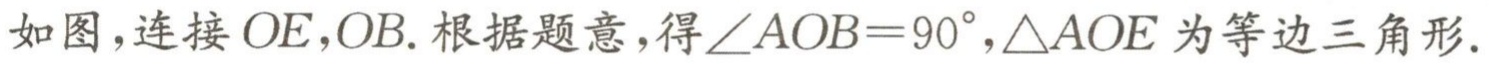
如图，连接 \(OE,OB\). 根据题意，得\(\angle AOB = 90^{\circ},\triangle AOE\) 为等边三角形.